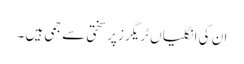
ان کی انگلیاں ٹریگرز پرسختی سے جمی ہیں ۔